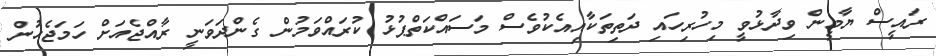
ރައީސް ޔާމީން ވިދާޅުވީ މިހުރިހައި ދަތިތަކާއިއެކުވެސް މަސައްކަތްޕުޅު ކުރައްވަމުން ގެންދަވަނީ ރާއްޖެއަށް ހަމަޖެހުން